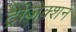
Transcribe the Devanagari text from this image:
ट्रांजेक्‍शन